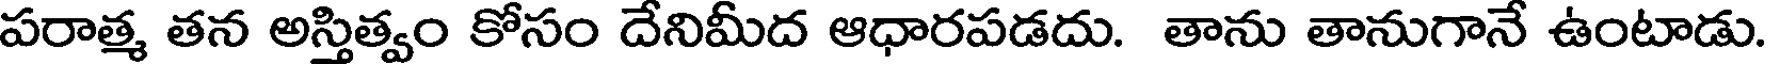
పరాత్మ తన అస్తిత్వం కోసం దేనిమీద ఆధారపడదు. తాను తానుగానే ఉంటాడు